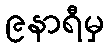
၉နာရီမှ